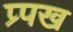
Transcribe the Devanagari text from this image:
प्र्पख